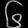
Digit: ၆